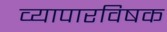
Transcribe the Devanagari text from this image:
व्यापारविषक